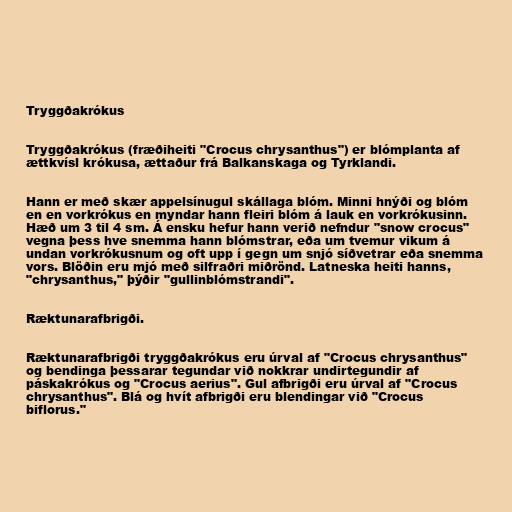
Tryggðakrókus

Tryggðakrókus (fræðiheiti "Crocus chrysanthus") er blómplanta af
ættkvísl krókusa, ættaður frá Balkanskaga og Tyrklandi.

Hann er með skær appelsínugul skállaga blóm. Minni hnýði og blóm
en en vorkrókus en myndar hann fleiri blóm á lauk en vorkrókusinn.
Hæð um 3 til 4 sm. Á ensku hefur hann verið nefndur "snow crocus"
vegna þess hve snemma hann blómstrar, eða um tvemur vikum á
undan vorkrókusnum og oft upp í gegn um snjó síðvetrar eða snemma
vors. Blöðin eru mjó með silfraðri miðrönd. Latneska heiti hanns,
"chrysanthus," þýðir "gullinblómstrandi".

Ræktunarafbrigði.

Ræktunarafbrigði tryggðakrókus eru úrval af "Crocus chrysanthus"
og bendinga þessarar tegundar við nokkrar undirtegundir af
páskakrókus og "Crocus aerius". Gul afbrigði eru úrval af "Crocus
chrysanthus". Blá og hvít afbrigði eru blendingar við "Crocus
biflorus."